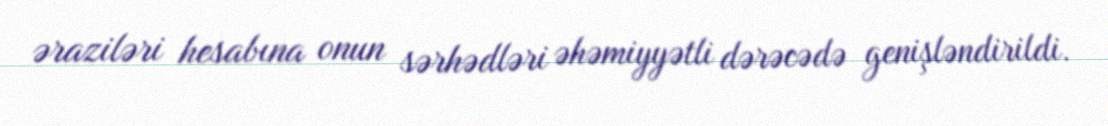
əraziləri hesabına onun sərhədləri əhəmiyyətli dərəcədə genişləndirildi.